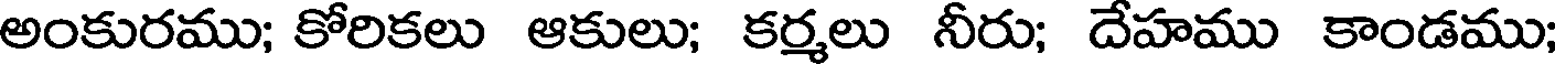
అంకురము; కోరికలు ఆకులు; కర్మలు నీరు; దేహము కాండము;